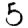
Digit: 5